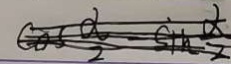
\cos \frac { \alpha } { 2 } - \sin \frac { \alpha } { 2 }